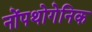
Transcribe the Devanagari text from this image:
नोंपथोगेनिक